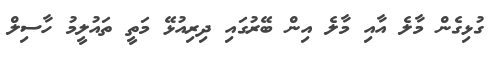
ގުޅިގެން މާލެ އާއި މާލެ އިން ބޭރުގައި ދިރިއުޅޭ މަތީ ތައުލީމު ހާސިލް